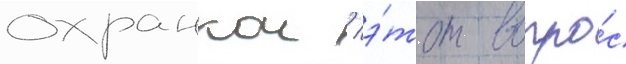
охранкои / э́тот вопро́с